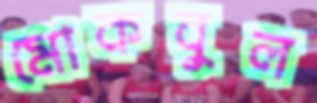
মোকবুল